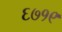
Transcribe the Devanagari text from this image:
६७१९